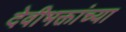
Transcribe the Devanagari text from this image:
देवीभक्तांच्या